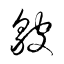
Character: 皺